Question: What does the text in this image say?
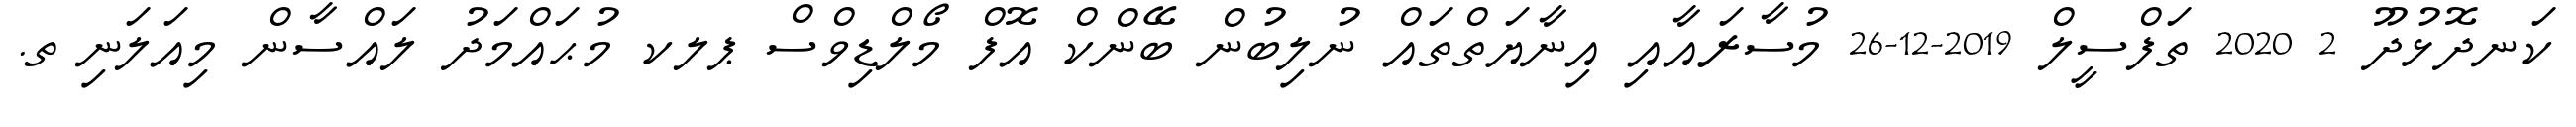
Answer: ކަނދޮޅުދޫ 2 2020 ތަފްސީލް 2019-12-26 މުސާރައާއި އިނާޔަތްތައް ނުލިބުން ބޭންކް އޮފް މޯލްޑިވްސް ޕލކ މުޙައްމަދު ލައްސާން މިއަލަނި ތ.